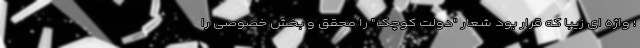
؛ واژه ای زیبا که قرار بود شعار "دولت کوچک" را محقق و بخش خصوصی را